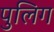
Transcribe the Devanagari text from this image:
पुलिग